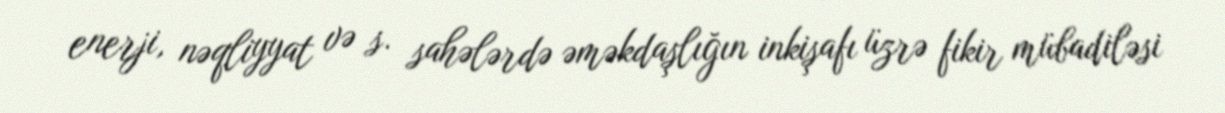
enerji, nəqliyyat və s. sahələrdə əməkdaşlığın inkişafı üzrə fikir mübadiləsi